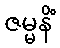
ဇမ္မနိံ